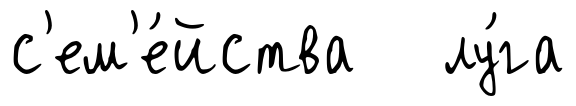
с'ем'е́йства лу́га